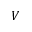
V